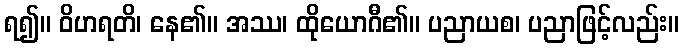
ရ၍။ ဝိဟရတိ၊ နေ၏။ အဿ၊ ထိုယောဂီ၏။ ပညာယစ၊ ပညာဖြင့်လည်း။